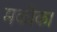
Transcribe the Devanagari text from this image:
मकोका